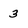
Character: 3